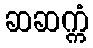
ဆဆက္ကံ